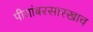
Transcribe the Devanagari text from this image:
पीतांबरसारखाच